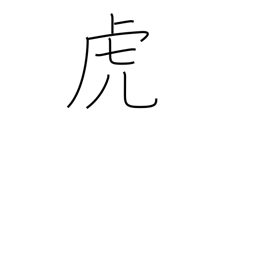
Meaning: drunkard